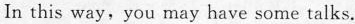
In this way, you may have some talks.